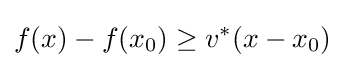
f(x)-f(x_{0})\geq v^{*}(x-x_{0})